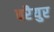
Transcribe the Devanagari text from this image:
वरैयुर